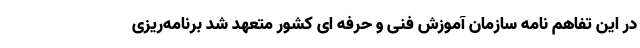
در این تفاهم نامه سازمان آموزش فنی و حرفه ای کشور متعهد شد برنامه‌ریزی